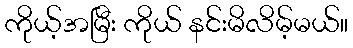
ကိုယ့်အမြီး ကိုယ် နင်းမိလိမ့်မယ်။